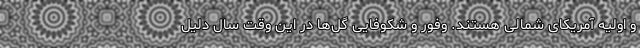
و اولیه آمریکای شمالی هستند. وفور و شکوفایی گل‌ها در این وقت سال دلیل